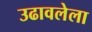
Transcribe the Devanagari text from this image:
उढावलेला